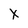
Character: x